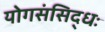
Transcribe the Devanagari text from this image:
योगसंसिद्धः